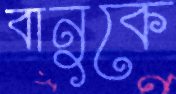
বানুকে